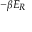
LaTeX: \scriptstyle - \beta E _ { R }